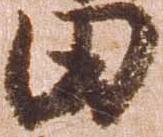
田